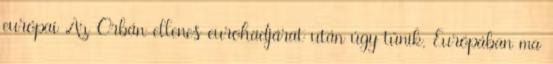
európai Az Orbán-ellenes eurohadjárat után úgy tűnik, Európában ma